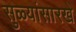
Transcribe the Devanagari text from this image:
सुळ्यांसारखे